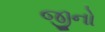
જીનો